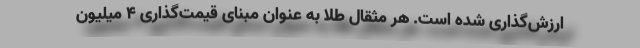
ارزش‌گذاری شده است. هر مثقال طلا به عنوان مبنای قیمت‌گذاری ۴ میلیون